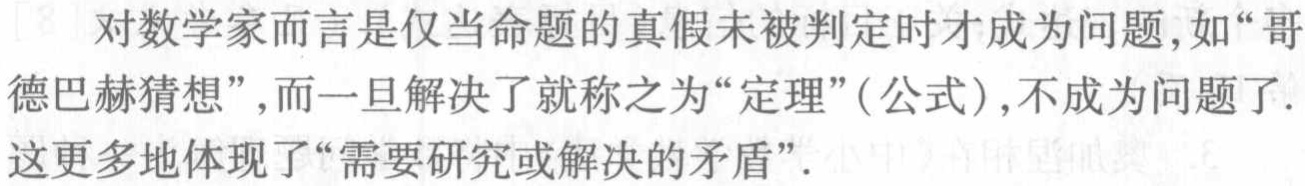
对数学家而言是仅当命题的真假未被判定时才成为问题,如“哥德巴赫猜想”,而一旦解决了就称之为“定理”(公式),不成为问题了.这更多地体现了“需要研究或解决的矛盾”.